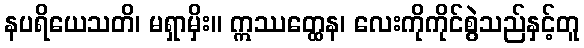
နပရိယေသတိ၊ မရှာမှိး။ ဣဿတ္ထေန၊ လေးကိုကိုင်စွဲသည်နှင့်တူ